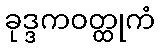
ခုဒ္ဒကဝတ္ထုကံ